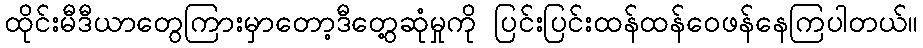
ထိုင်းမီဒီယာတွေကြားမှာတော့ဒီတွေ့ဆုံမှုကို ပြင်းပြင်းထန်ထန်ဝေဖန်နေကြပါတယ်။